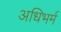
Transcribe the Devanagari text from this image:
अधिभर्म